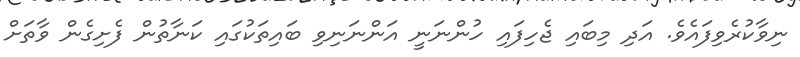
ނިވާކުރެވިފައެވެ. އަދި މިބައި ޖެހިފައި ހުންނަނީ އަންނަނިވި ބައިތަކުގައި ކަނާތުން ފެށިގެން ވާތަށް